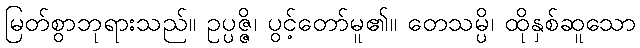
မြတ်စွာဘုရားသည်။ ဥပ္ပဇ္ဇိ၊ ပွင့်တော်မူ၏။ တေသမ္ပိ၊ ထိုနှစ်ဆူသော